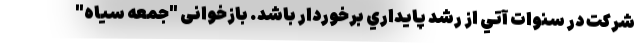
شركت در سنوات آتي از رشد پايداري برخوردار باشد. بازخوانی "جمعه سیاه"